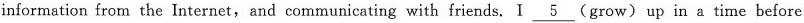
information from the Internet,and communicating with friends, I \underline{5} (grow) up in a time before